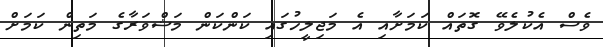
ވެސް އެކުލެވޭ ގޮތައް ކަމަށާއި އެ މަޖިލީހުގައި ކަންކަން މަޝްވަރާގެ މަތިން ކަމަށް